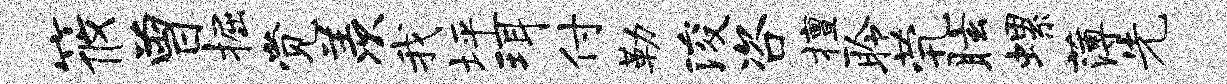
筱曾掘觉羡我坪珥付勒浚咨擅聆茕眩螺薄先